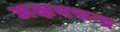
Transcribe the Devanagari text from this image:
अक्षयचन्द्र